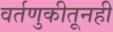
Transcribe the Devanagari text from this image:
वर्तणुकीतूनही